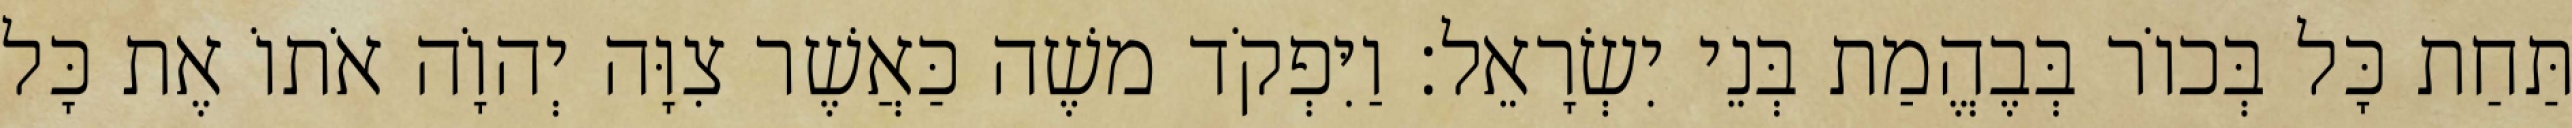
תַּחַת כָּל בְּכוֹר בְּבֶהֱמַת בְּנֵי יִשְׂרָאֵל׃ וַיִּפְקֹד משֶׁה כַּאֲשֶׁר צִוָּה יְהוָֹה אֹתוֹ אֶת כָּל